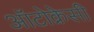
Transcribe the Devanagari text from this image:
ऑटोक्रेसी